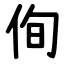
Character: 侚